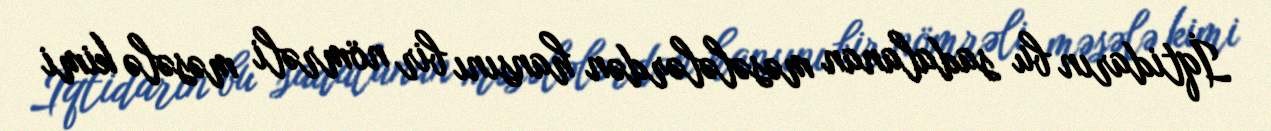
İqtidarın bu sadalanan məsələlərdən hansını bir nömrəli məsələ kimi